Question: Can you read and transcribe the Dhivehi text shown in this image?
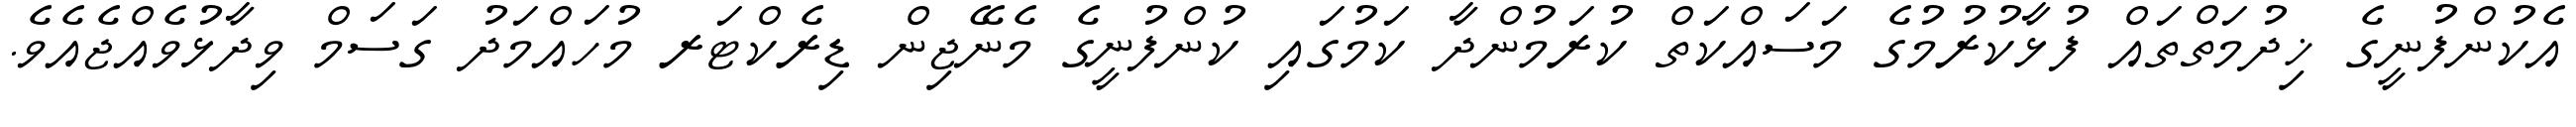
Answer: އެކުންފުނީގެ ޚިދުމަތްތައް ފުޅާކުރުމުގެ މަސައްކަތް ކުރަމުންދާ ކަމުގައި ކުންފުނީގެ މެނޭޖިން ޑިރެކްޓަރ މުހައްމަދު ގަސަމް ވިދާޅުވެއްޖެއެވެ.